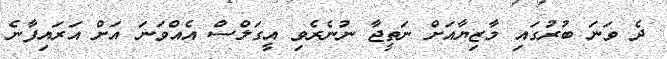
ދެ ވަނަ ބުރުގައި މާޒިޔާއަށް ނަތީޖާ ނުނެރެވި އީގަލްސް އެއްވަނަ އަށް އަރައިފާނެ